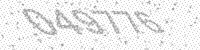
Solution: 049776